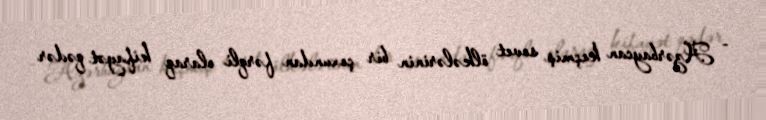
- Azərbaycan keçmiş sovet ölkələrinin bir çoxundan fərqli olaraq kifayət qədər